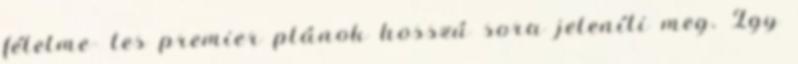
félelme- tes premier plánok hosszú sora jeleníti meg. Így